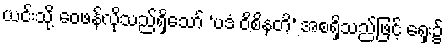
ယင်းသို့ ဝေဖန်လိုသည်ရှိသော် ‘ပဒံ ဝိစိနတိ’ အစရှိသည်ဖြင့် ရှေး၌